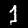
Label: 1